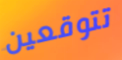
تتوقعين